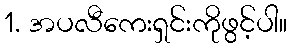
1. အပလီကေးရှင်းကိုဖွင့်ပါ။